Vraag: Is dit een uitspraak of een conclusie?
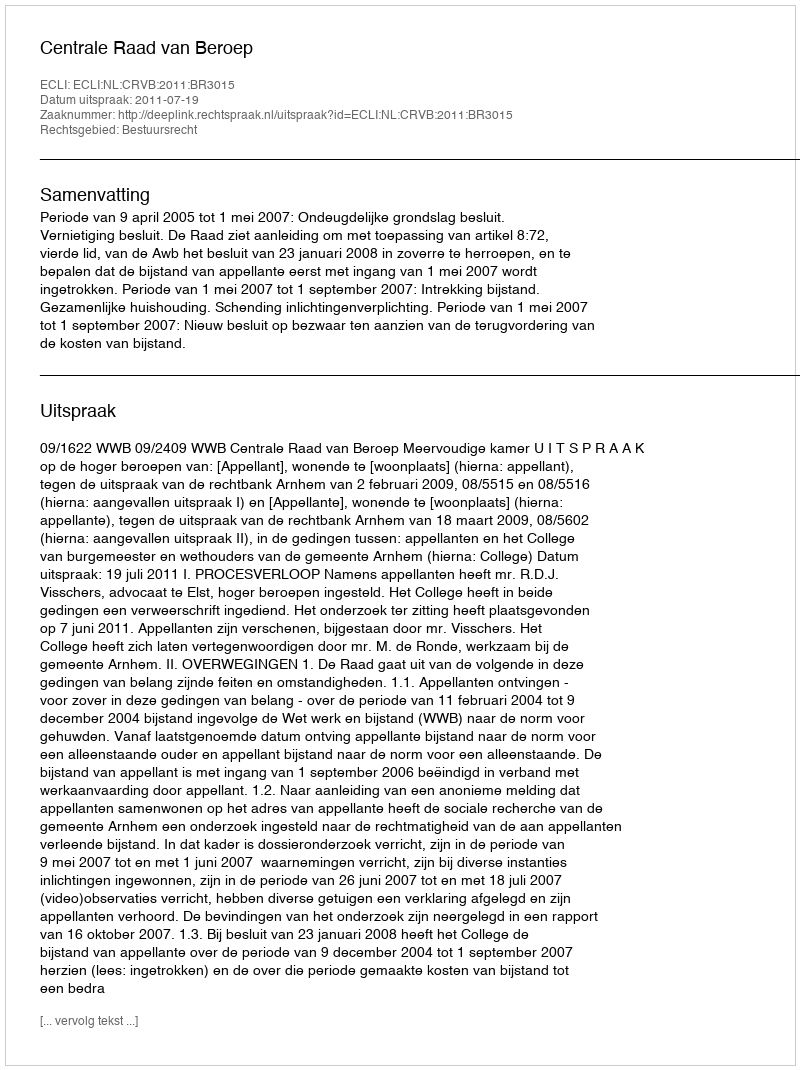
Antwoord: Uitspraak